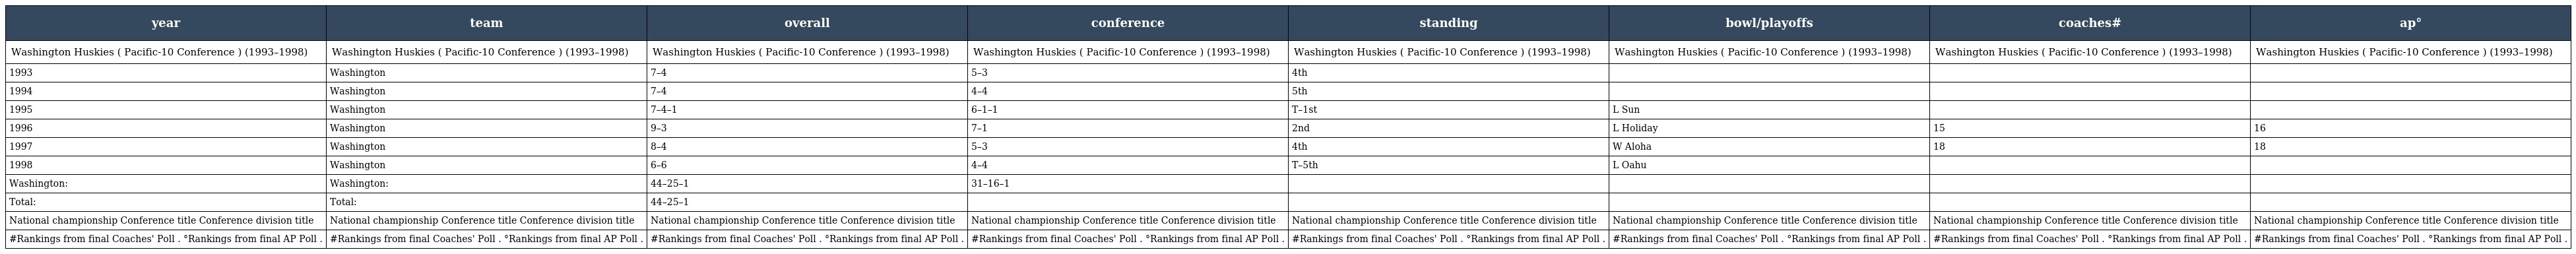
| year | team | overall | conference | standing | bowl/playoffs | coaches# | ap° |
 | --- | --- | --- | --- | --- | --- | --- | --- |
 | Washington Huskies ( Pacific-10 Conference ) (1993–1998) | Washington Huskies ( Pacific-10 Conference ) (1993–1998) | Washington Huskies ( Pacific-10 Conference ) (1993–1998) | Washington Huskies ( Pacific-10 Conference ) (1993–1998) | Washington Huskies ( Pacific-10 Conference ) (1993–1998) | Washington Huskies ( Pacific-10 Conference ) (1993–1998) | Washington Huskies ( Pacific-10 Conference ) (1993–1998) | Washington Huskies ( Pacific-10 Conference ) (1993–1998) |
 | 1993 | Washington | 7–4 | 5–3 | 4th |  |  |  |
 | 1994 | Washington | 7–4 | 4–4 | 5th |  |  |  |
 | 1995 | Washington | 7–4–1 | 6–1–1 | T–1st | L Sun |  |  |
 | 1996 | Washington | 9–3 | 7–1 | 2nd | L Holiday | 15 | 16 |
 | 1997 | Washington | 8–4 | 5–3 | 4th | W Aloha | 18 | 18 |
 | 1998 | Washington | 6–6 | 4–4 | T–5th | L Oahu |  |  |
 | Washington: | Washington: | 44–25–1 | 31–16–1 |  |  |  |  |
 | Total: | Total: | 44–25–1 |  |  |  |  |  |
 | National championship Conference title Conference division title | National championship Conference title Conference division title | National championship Conference title Conference division title | National championship Conference title Conference division title | National championship Conference title Conference division title | National championship Conference title Conference division title | National championship Conference title Conference division title | National championship Conference title Conference division title |
 | #Rankings from final Coaches' Poll . °Rankings from final AP Poll . | #Rankings from final Coaches' Poll . °Rankings from final AP Poll . | #Rankings from final Coaches' Poll . °Rankings from final AP Poll . | #Rankings from final Coaches' Poll . °Rankings from final AP Poll . | #Rankings from final Coaches' Poll . °Rankings from final AP Poll . | #Rankings from final Coaches' Poll . °Rankings from final AP Poll . | #Rankings from final Coaches' Poll . °Rankings from final AP Poll . | #Rankings from final Coaches' Poll . °Rankings from final AP Poll . |